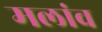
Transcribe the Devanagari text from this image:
मलांव